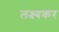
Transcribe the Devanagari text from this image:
लक्ष्यकर